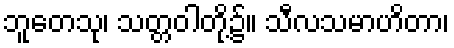
ဘူတေသု၊ သတ္တဝါတို့၌။ သီလသမာဟိတာ၊